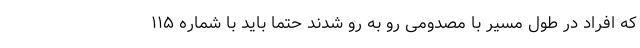
که افراد در طول مسیر با مصدومی رو به رو شدند حتما باید با شماره ١١۵